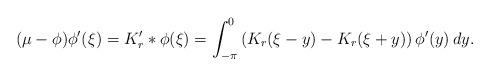
LaTeX: \begin{align*}(\mu-\phi)\phi^\prime(\xi)=K_r^\prime * \phi(\xi)=\int_{-\pi}^0 \left(K_r(\xi-y)-K_r(\xi+y) \right)\phi^\prime(y)\,dy.\end{align*}